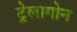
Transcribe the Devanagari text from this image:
ट्रेलागोन